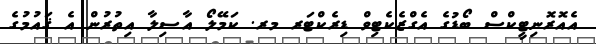
އެއޮރޮނިޓީކްސް ބޯޑުގެ އެގްޒެކެޓިވް ޑިރެކްޓަރ މރ. ކަމޭލޯ އާސިލާ އިތުރުން އެ ޤައުމުގެ